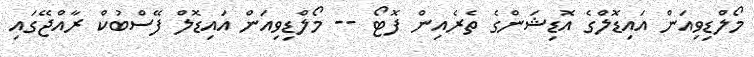
މޯލްޑިވިއަން އައިޑޮލްގެ އޮޑިޝަންގެ ތެރެއިން ފޮޓޯ -- މޯލްޑިވިއަން އައިޑޮލް ފޭސްބުކް ރާއްޖޭގައި